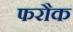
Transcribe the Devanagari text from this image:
फरौक